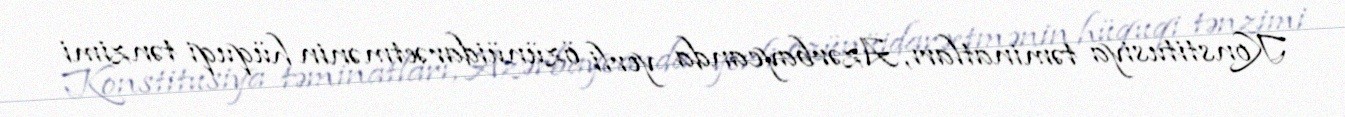
Konstitusiya təminatları, Azərbaycanda yerli özünüidarəetmənin hüquqi tənzimi